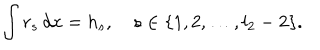
LaTeX: \int r _ { s } \, d x = h _ { s } , \quad s \in \{ 1 , 2 , \ldots , l _ { 2 } - 2 \} .